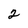
Character: 2